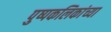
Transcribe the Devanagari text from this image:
पुष्पकलिकांच्या